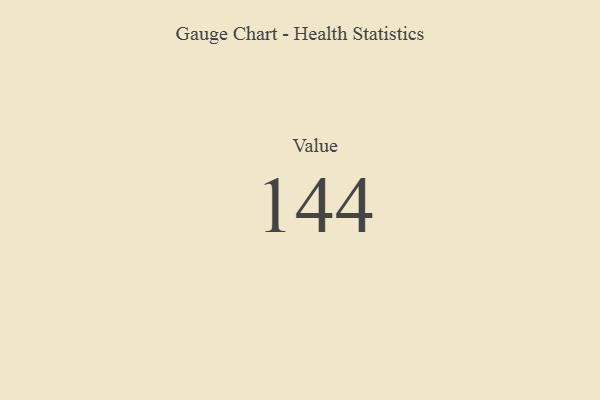
{"axis": {"x": "Metric", "y": "Value"}, "legend": [""], "data": [{"x": "Value", "y": 144, "type": ""}]}